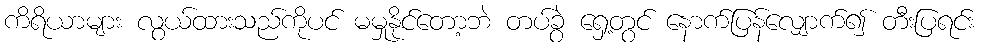
ကိရိယာများ လွယ်ထားသည်ကိုပင် မမှုနိုင်တော့ဘဲ တပ်ခွဲ ရှေ့တွင် နောက်ပြန်လျှောက်၍ တီးပြရင်း